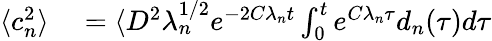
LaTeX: \begin{array}{rl}{\langle c_{n}^{2}\rangle}&{{}=\langle D^{2}\lambda_{n}^{1/2}e^{-2C\lambda_{n}t}\int_{0}^{t}e^{C\lambda_{n}\tau}d_{n}(\tau)d\tau}\end{array}